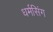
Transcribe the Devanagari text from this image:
धर्मसिंग